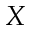
X